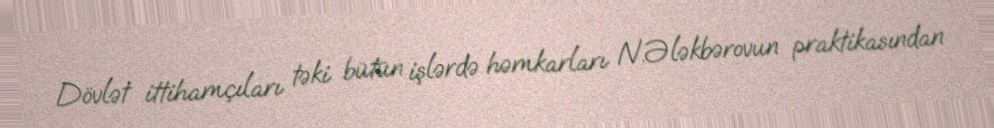
Dövlət ittihamçıları təki bütün işlərdə həmkarları N.Ələkbərovun praktikasından